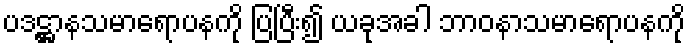
ပဒဋ္ဌာနသမာရောပနကို ပြပြီး၍ ယခုအခါ ဘာဝနာသမာရောပနကို